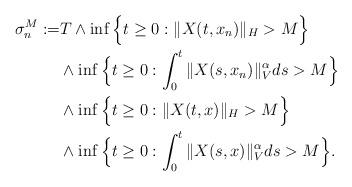
LaTeX: \begin{align*}\sigma_{n}^M := & T\wedge \inf\Big\{t\geq 0: \Vert X(t, x_n)\Vert_H> M \Big\} \\ & \wedge\inf\Big\{t\geq 0: \int_0^t\Vert X(s, x_n)\Vert_{V}^{\alpha}ds >M\Big\} \\ & \wedge \inf\Big\{t\geq 0: \Vert X(t, x)\Vert_H> M \Big\} \\ & \wedge\inf\Big\{t\geq 0: \int_0^t\Vert X(s, x)\Vert_{V}^{\alpha}ds >M\Big\} .\end{align*}